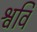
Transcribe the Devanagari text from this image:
श्ववि